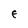
Character: e